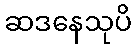
ဆဒနေသုပိ